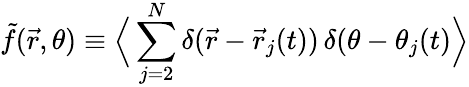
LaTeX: \tilde{f}(\vec{r},\theta)\equiv\Big\langle\sum_{j=2}^{N}\delta(\vec{r}-\vec{r}_{j}(t))\, \delta(\theta-\theta_{j}(t)\Big\rangle